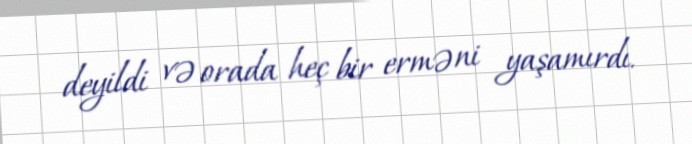
deyildi və orada heç bir erməni yaşamırdı.